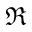
\Re